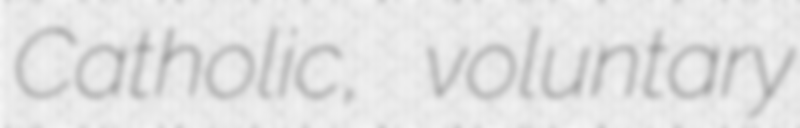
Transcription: Catholic, voluntary